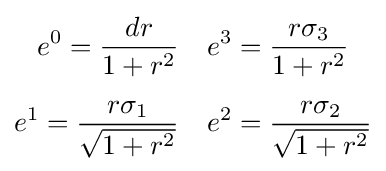
{\begin{aligned}e^{0}={\frac {dr}{1+r^{2}}}&&&e^{3}={\frac {r\sigma _{3}}{1+r^{2}}}\\[5pt]e^{1}={\frac {r\sigma _{1}}{\sqrt {1+r^{2}}}}&&&e^{2}={\frac {r\sigma _{2}}{\sqrt {1+r^{2}}}}\end{aligned}}